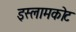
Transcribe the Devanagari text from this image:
इस्लामकोट